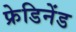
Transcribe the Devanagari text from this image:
फ्रेडिनेंड